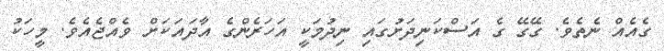
ގެއެއް ނެތެވެ. ގޭގޭ ގެ އަސްކަނިދަށުގައި ނިދުމަކީ އަހަރެންގެ އާދައަކަށް ވެއްޖެއެވެ. މީހަކު